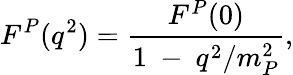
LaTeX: F^{P}(q^{2})=\frac{F^{P}(0)}{1~-~q^{2}/m_{P}^{2}},